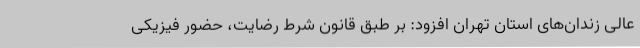
عالی زندان‌های استان تهران افزود: بر طبق قانون شرط رضایت، حضور فیزیکی